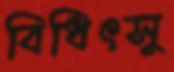
বিধিৎসু